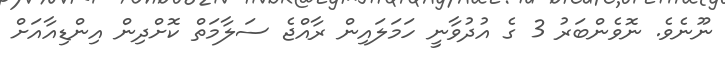
ނޫނެވެ. ނޮވެންބަރު 3 ގެ އުދުވާނީ ހަމަލައިން ރާއްޖެ ސަލާމަތް ކޮށްދިން އިންޑިއާއަށް